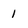
Character: 1